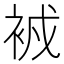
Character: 𧙠